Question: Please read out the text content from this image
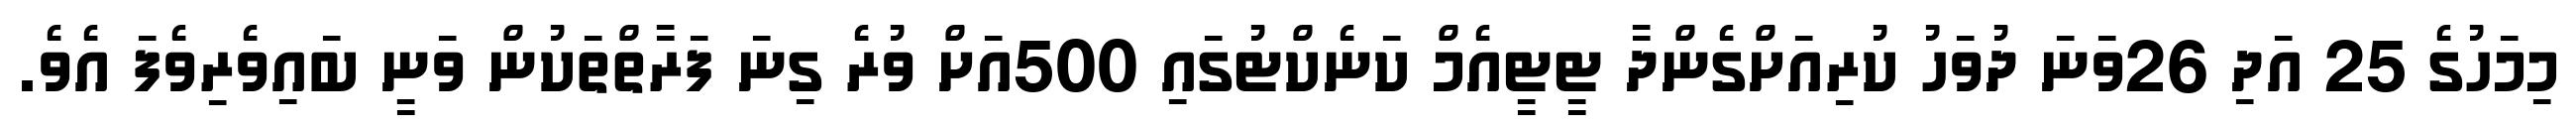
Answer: މިމަހުގެ 25 އަދި 26ވަނަ ދުވަހު ކުރިއަށްގެންދާ ޓީޓީއެމް ކަނެކްޓުގައި 500އަށް ވުރެ ގިނަ ފަރާތްތަކުން ވަނީ ބައިވެރިވެފަ އެވެ.